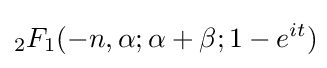
_{2}F_{1}(-n,\alpha ;\alpha +\beta ;1-e^{it})\!